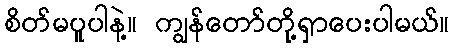
စိတ်မပူပါနဲ့။ ကျွန်တော်တို့ရှာပေးပါမယ်။